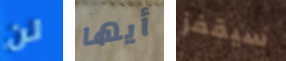
لن أيها سيقفز